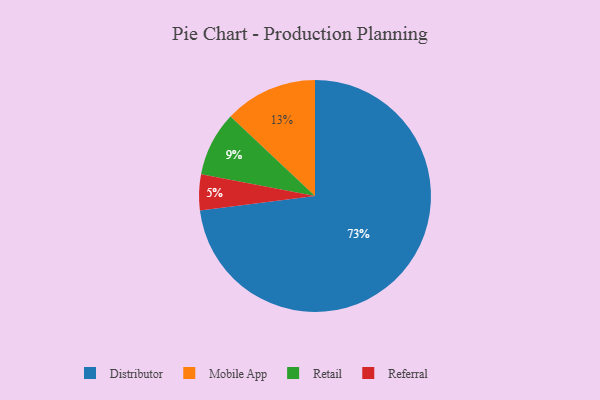
{"axis": {"x": "Category", "y": "Percentage"}, "legend": ["Distributor", "Mobile App", "Referral", "Retail"], "data": [{"x": "Distributor", "y": 73, "type": "Distributor"}, {"x": "Referral", "y": 5, "type": "Referral"}, {"x": "Retail", "y": 9, "type": "Retail"}, {"x": "Mobile App", "y": 13, "type": "Mobile App"}]}